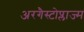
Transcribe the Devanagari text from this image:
अरगैस्टोप्लाज्म